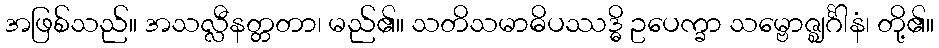
အဖြစ်သည်။ အသလ္လီနတ္တတာ၊ မည်၏။ သတိသမာဓိပဿဒ္ဓိ ဥပေက္ခာ သမ္ဗောဇ္ဈင်္ဂါနံ၊ တို့၏။